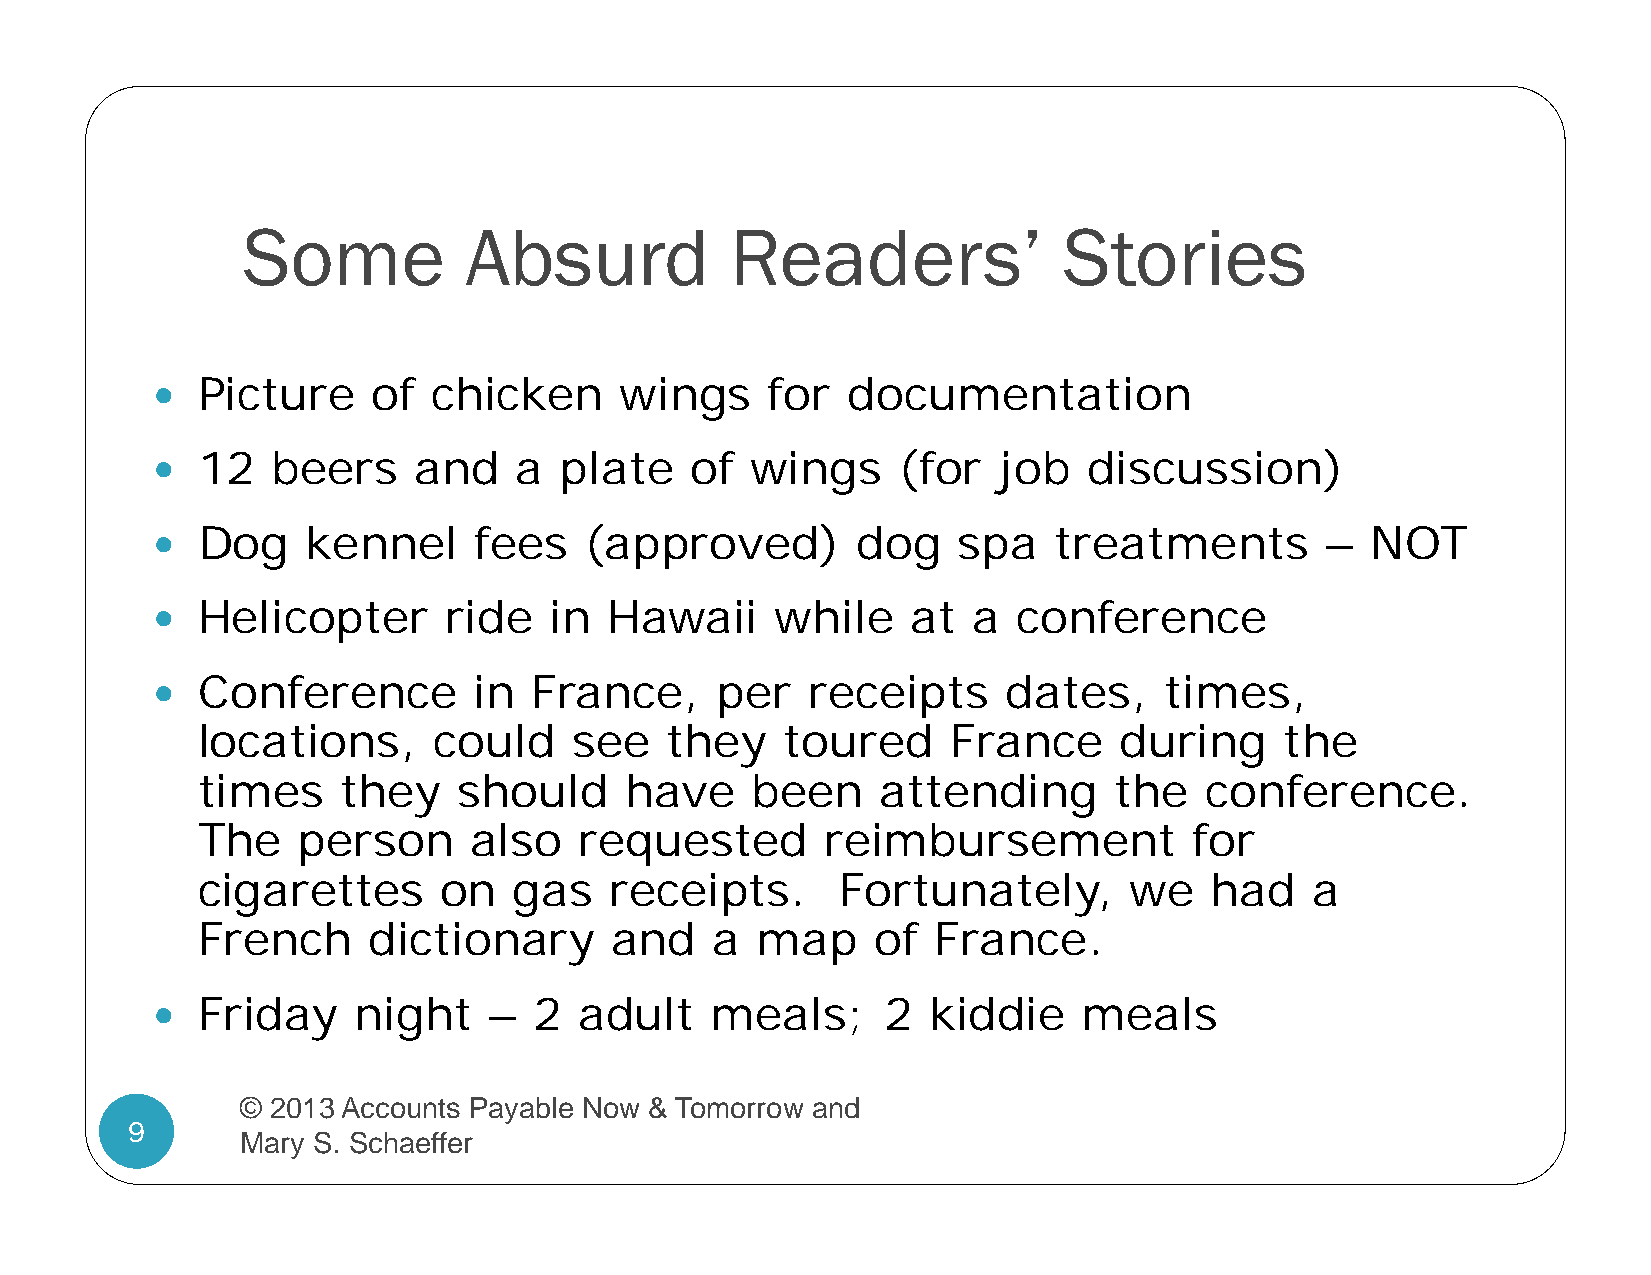
Some           Absurd           Readers’              Stories
   Picture     of  chicken     wings     for  documentation
   12   beers    and    a  plate    of  wings    (for   job   discussion)
   Dog    kennel     fees    (approved)        dog   spa    treatments        –  NOT
   Helicopter       ride  in  Hawaii     while    at  a  conference
   Conference        in  France,     per    receipts     dates,    times,
 locations,      could    see   they    toured     France     during     the
 times     they   should     have     been    attending       the   conference.
 The    person     also   requested        reimbursement           for
 cigarettes      on   gas   receipts.       Fortunately,       we   had    a
 French     dictionary      and    a  map     of  France.
   Friday     night   –  2  adult    meals;     2  kiddie     meals
 © 2013 Accounts Payable Now & Tomorrow and
 9
 Mary S. Schaeffer